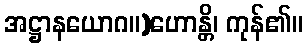
အဋ္ဌာနယောဂ။)ဟောန္တိ၊ ကုန်၏။